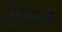
ટોબર